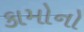
કામોનો